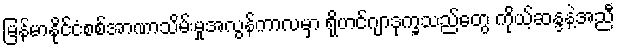
မြန်မာနိုင်ငံစစ်အာဏာသိမ်းမှုအလွန်ကာလမှာ ရိုဟင်ဂျာဒုက္ခသည်တွေ ကိုယ့်ဆန္ဒနဲ့အညီ